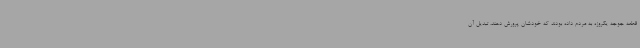
قطعه جوجه یکروزه به مردم داده بودند که خودشان پرورش دهند، تبدیل آن